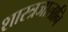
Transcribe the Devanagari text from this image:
शास्त्रजालानि